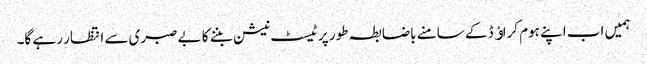
ہمیں اب اپنے ہوم کراﺅڈ کے سامنے باضابطہ طور پر ٹیسٹ نیشن بننے کا بے صبری سے انتظار رہے گا۔